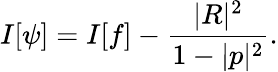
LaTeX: I[\psi]=I[f]-{\frac{|R|^{2}}{1-|p|^{2}}}.